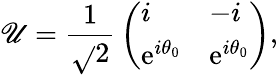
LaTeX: \mathscr{U}={\frac{{1}}{{\sqrt{}{{2}}}}}\left(\begin{array}{ll}{{i}}&{{-i}}\\ {{\mathrm{e}^{i\theta_{0}}}}&{{\mathrm{e}^{i\theta_{0}}}}\end{array}\right),